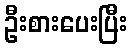
ဦးစားပေးပြီး